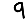
Digit: 9